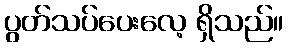
ပွတ်သပ်ပေးလေ့ ရှိသည်။